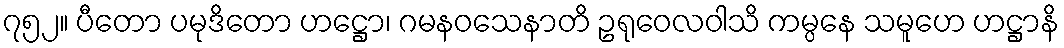
၇၅၂။ ပီတော ပမုဒိတော ဟဋ္ဌော၊ ဂမနဝသေနာတိ ဥရုဝေလဝါသိ ကမ္ပနေ သမူဟေ ဟဋ္ဌာနိ